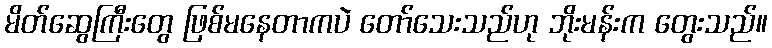
မိတ်ဆွေကြီးတွေ ဖြစ်မနေတာကပဲ တော်သေးသည်ဟု ဘိုးမန်းက တွေးသည်။